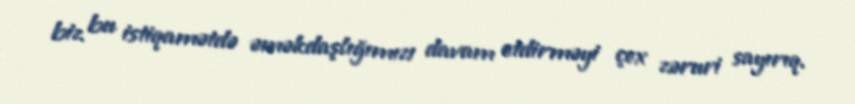
biz bu istiqamətdə əməkdaşlığımızı davam etdirməyi çox zəruri sayırıq.